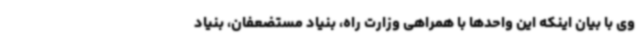
وی با بیان اینکه این واحدها با همراهی وزارت راه، بنیاد مستضعفان، بنیاد